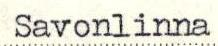
Savonlinna